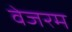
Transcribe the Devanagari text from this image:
वेजरम